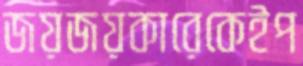
জয়জয়কারেকেইপ